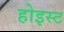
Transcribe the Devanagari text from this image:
होइस्ट